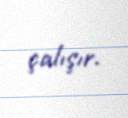
çalışır.